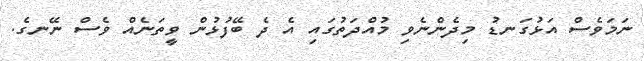
ނަމަވެސް އަޅުގަނޑު މިދެންނެވި މުއްދަތުގައި އެ ދެ ބޭފުޅުން ވީތަނެއް ވެސް ނޭނގެ.